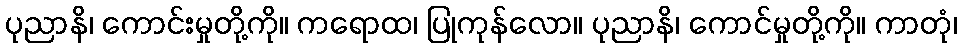
ပုညာနိ၊ ကောင်းမှုတို့ကို။ ကရောထ၊ ပြုကုန်လော။ ပုညာနိ၊ ကောင်မှုတို့ကို။ ကာတုံ၊